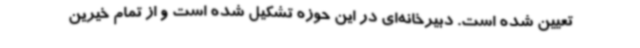
تعیین شده است. دبیرخانه‌ای در این حوزه تشکیل شده است و از تمام خیرین